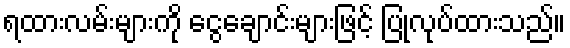
ရထားလမ်းများကို ငွေချောင်းများဖြင့် ပြုလုပ်ထားသည်။